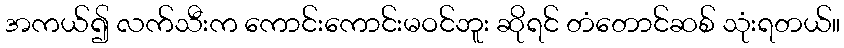
အကယ်၍ လက်သီးက ကောင်းကောင်းမဝင်ဘူး ဆိုရင် တံတောင်ဆစ် သုံးရတယ်။